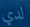
لدي